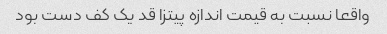
واقعا نسبت به قیمت اندازه پیتزا قد یک کف دست بود